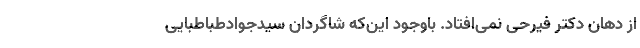
از دهان دکتر فیرحی نمی‌افتاد. باوجود این‌که شاگردان سیدجوادطباطبایی